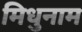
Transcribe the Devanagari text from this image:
मिधुनाम